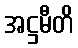
အဋ္ဌမီတိ